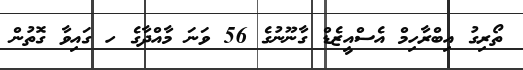
ތޯރިގު އިބްރާހިމް އެސްއީޒެޑް ގާނޫނުގެ 56 ވަނަ މާއްދާގެ ހ ގައިވާ ގޮތުން